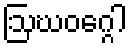
ဩဃဝဂ္ဂေါ